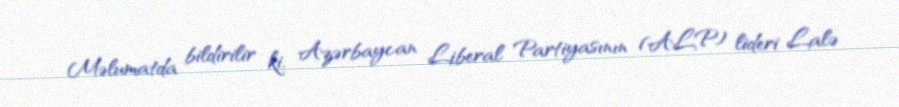
Məlumatda bildirilir ki, Azərbaycan Liberal Partiyasının (ALP) lideri Lalə